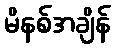
မိနစ်အချိန်